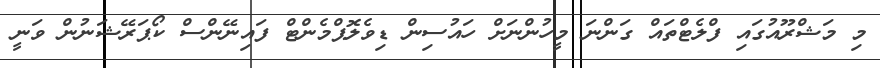
މި މަޝްރޫއުގައި ފްލެޓްތައް ގަންނަ މީހުންނަށް ހައުސިން ޑިވެލޮޕްމެންޓް ފައިނޭންސް ކޯޕަރޭޝަނުން ވަނީ